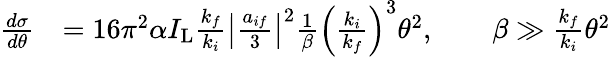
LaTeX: \begin{array}{rl}{\frac{d\sigma}{d\theta}}&{=16\pi^{2}\alpha I_{\mathrm{L}}\frac{k_{f}}{k_{i}}\left\vert\frac{a_{if}}{3}\right\vert^{2}\frac{1}{\beta}\left(\frac{k_{i}}{k_{f}}\right)^{3}\theta^{2},\qquad\beta\gg\frac{k_{f}}{k_{i}}\theta^{2}}\end{array}